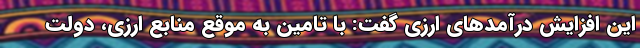
این افزایش درآمد‌های ارزی گفت: با تامین به موقع منابع ارزی، دولت